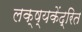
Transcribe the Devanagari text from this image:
लक्ष्यकेंद्रित